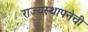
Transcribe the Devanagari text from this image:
राज्यस्थापनेची